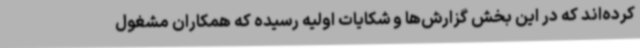
کرده‌اند که در این بخش گزارش‌ها و شکایات اولیه رسیده که همکاران مشغول